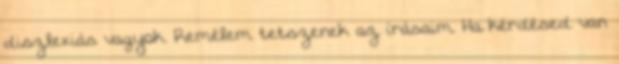
diszlexiás vagyok. Remélem tetszenek az írásaim. Ha kérdésed van